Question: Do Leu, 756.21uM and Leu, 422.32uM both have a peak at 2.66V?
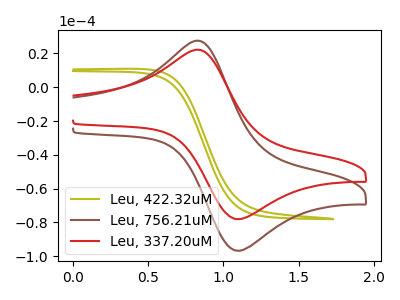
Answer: <think>The olive curve "Leu, 422.32uM" has no peaks. The brown curve "Leu, 756.21uM" has an anodic peak at (0.85V, 27.05uA) and a cathodic peak at (1.10V, -96.60uA). The red curve "Leu, 337.20uM" has an anodic peak at (0.85V, 21.80uA) and a cathodic peak at (1.10V, -77.95uA).</think>
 <answer>No, "Leu, 756.21uM" and "Leu, 422.32uM" dont share a peak at 2.66V.</answer>
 <eval>mismatch</eval>